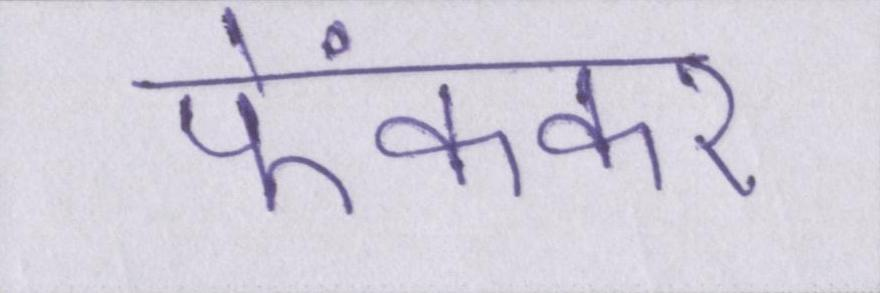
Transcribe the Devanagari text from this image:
फेंककर